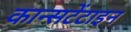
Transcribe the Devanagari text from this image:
कान्सटेंटाइन